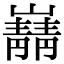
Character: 𫶠